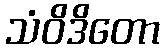
သံဝိဒိတော